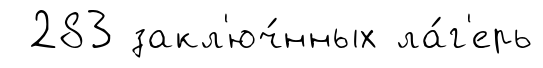
283 закл'юч́нных ла́г'ерь